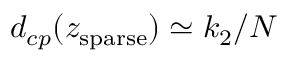
d _ { c p } ( z _ { \mathrm { s p a r s e } } ) \simeq k _ { 2 } / N